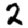
Digit: 2